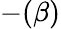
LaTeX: -(\beta)